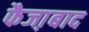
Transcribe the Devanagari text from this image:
फैजा़बाद